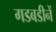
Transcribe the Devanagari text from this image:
गडबडीनें